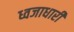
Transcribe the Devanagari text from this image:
ध्वजाधारी